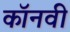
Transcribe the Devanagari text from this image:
कॉनवी